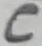
Text: C